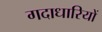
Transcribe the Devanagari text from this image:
गदाधारियों